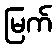
မြက်